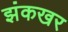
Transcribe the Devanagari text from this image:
झंकखर